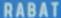
RABAT